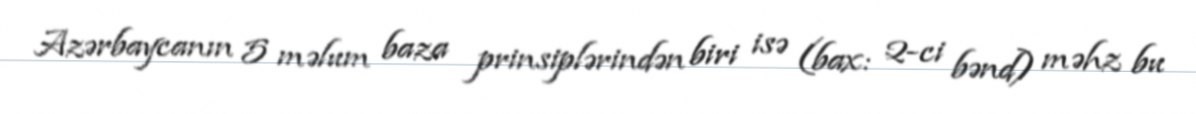
Azərbaycanın 5 məlum baza prinsiplərindən biri isə (bax: 2-ci bənd) məhz bu